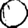
Digit: 0